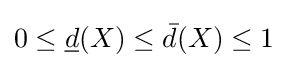
0\leq {\underline {d}}(X)\leq {\bar {d}}(X)\leq 1